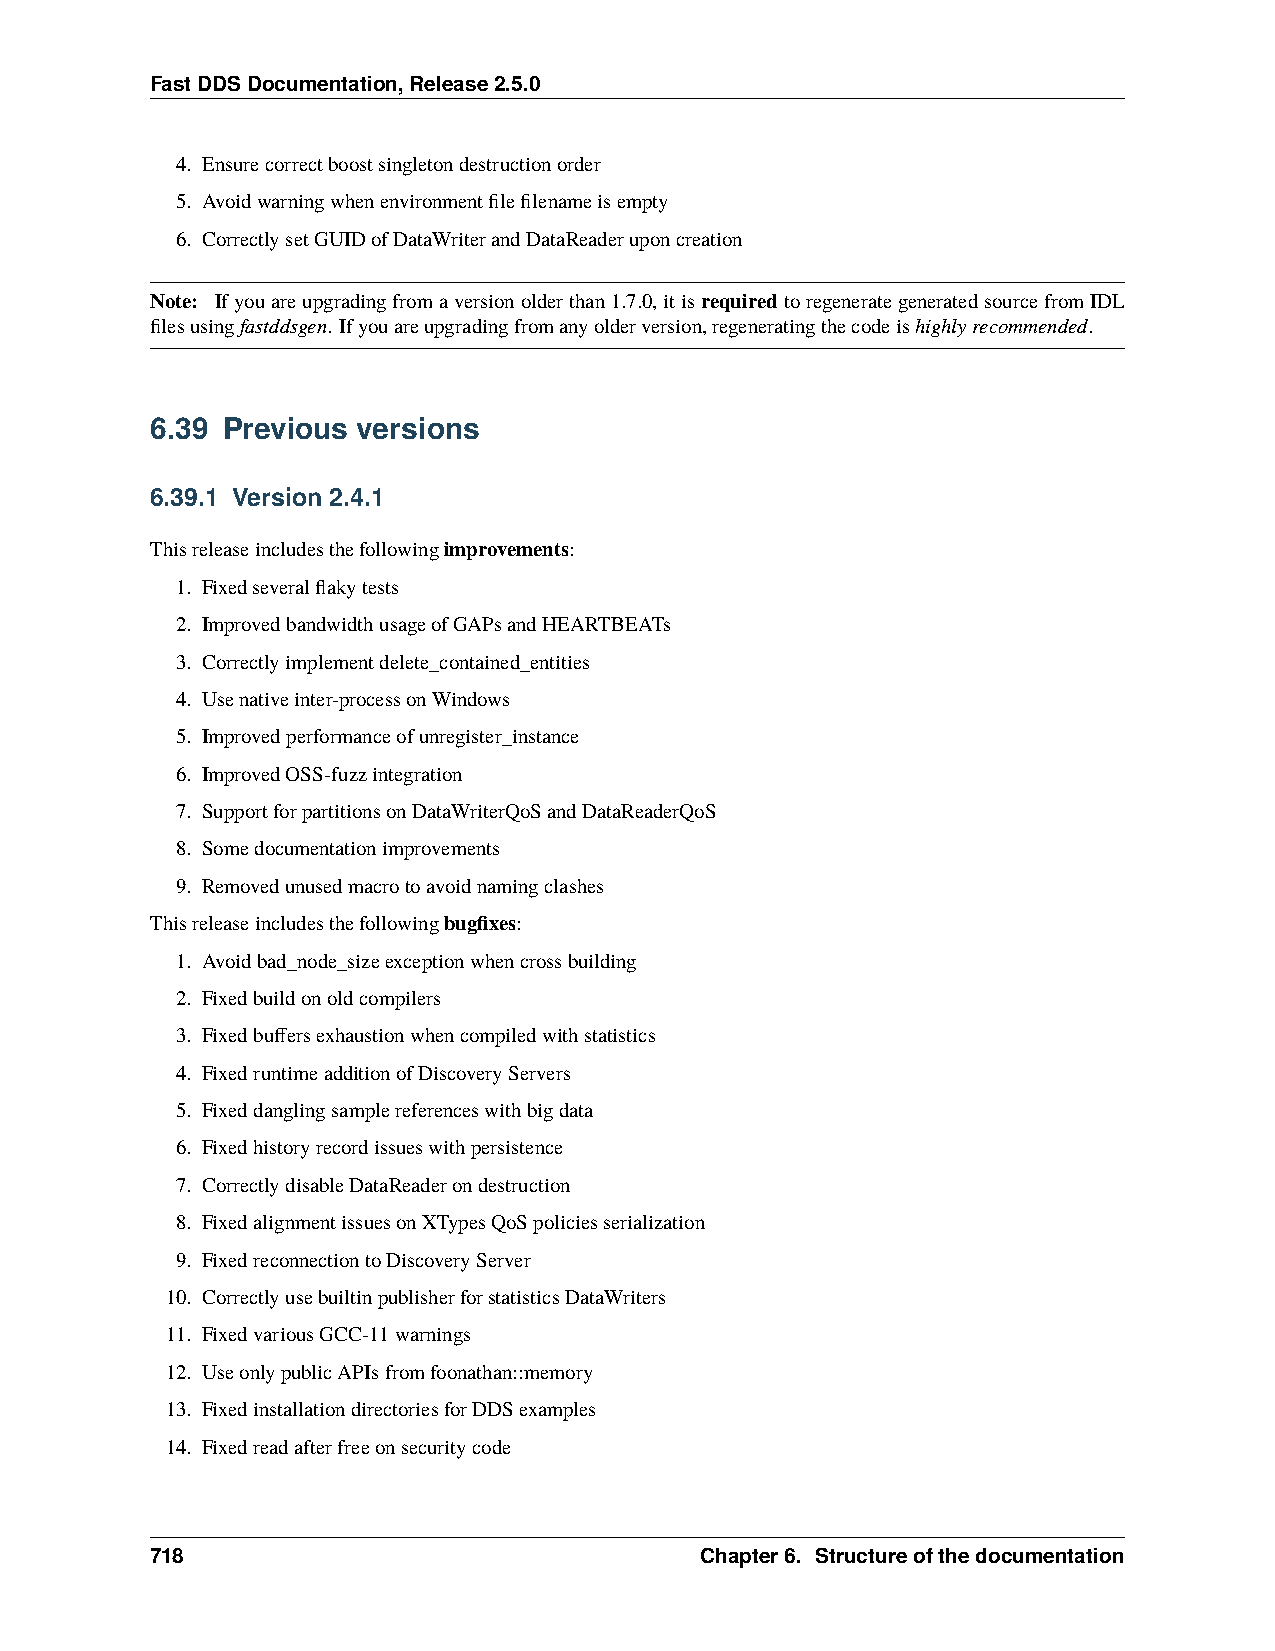
FastDDSDocumentation,Release2.5.0
 4. Ensurecorrectboostsingletondestructionorder
 5. Avoidwarningwhenenvironmentfilefilenameisempty
 6. CorrectlysetGUIDofDataWriterandDataReaderuponcreation
 Note: Ifyouareupgradingfromaversionolderthan1.7.0,itisrequiredtoregenerategeneratedsourcefromIDL
 filesusingfastddsgen. Ifyouareupgradingfromanyolderversion,regeneratingthecodeishighlyrecommended.
 6.39 Previous versions
 6.39.1 Version 2.4.1
 Thisreleaseincludesthefollowingimprovements:
 1. Fixedseveralflakytests
 2. ImprovedbandwidthusageofGAPsandHEARTBEATs
 3. Correctlyimplementdelete_contained_entities
 4. Usenativeinter-processonWindows
 5. Improvedperformanceofunregister_instance
 6. ImprovedOSS-fuzzintegration
 7. SupportforpartitionsonDataWriterQoSandDataReaderQoS
 8. Somedocumentationimprovements
 9. Removedunusedmacrotoavoidnamingclashes
 Thisreleaseincludesthefollowingbugfixes:
 1. Avoidbad_node_sizeexceptionwhencrossbuilding
 2. Fixedbuildonoldcompilers
 3. Fixedbuffersexhaustionwhencompiledwithstatistics
 4. FixedruntimeadditionofDiscoveryServers
 5. Fixeddanglingsamplereferenceswithbigdata
 6. Fixedhistoryrecordissueswithpersistence
 7. CorrectlydisableDataReaderondestruction
 8. FixedalignmentissuesonXTypesQoSpoliciesserialization
 9. FixedreconnectiontoDiscoveryServer
 10. CorrectlyusebuiltinpublisherforstatisticsDataWriters
 11. FixedvariousGCC-11warnings
 12. UseonlypublicAPIsfromfoonathan::memory
 13. FixedinstallationdirectoriesforDDSexamples
 14. Fixedreadafterfreeonsecuritycode
 718                                 Chapter6. Structureofthedocumentation